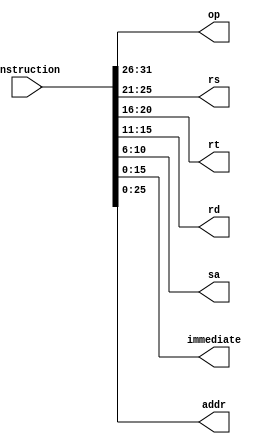
`timescale 1ns / 1ps
//////////////////////////////////////////////////////////////////////////////////
// Company: 
// Engineer: 
// 
// Design Name: 
// Module Name: InstructionCut
// Project Name: 
// Target Devices: 
// Tool Versions: 
// Description: 
// 
// Dependencies: 
// 
// Revision:
// Revision 0.01 - File Created
// Additional Comments:
// 
//////////////////////////////////////////////////////////////////////////////////

//
module InstructionCut(
        input [31:0] instruction,
        output reg[5:0] op,
        output reg[4:0] rs,
        output reg[4:0] rt,
        output reg[4:0] rd,
        output reg[4:0] sa,
        output reg[15:0] immediate,
        output reg[25:0] addr
    );
    
    initial begin
        op = 5'b00000;
        rs = 5'b00000;
        rt = 5'b00000;
        rd = 5'b00000;
    end
    
    always@(instruction) 
    begin
        op = instruction[31:26];
        rs = instruction[25:21];
        rt = instruction[20:16];
        rd = instruction[15:11];
        sa = instruction[10:6];
        immediate = instruction[15:0];
        addr = instruction[25:0];
    end
endmodule